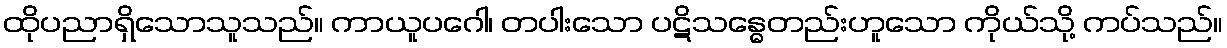
ထိုပညာရှိသောသူသည်။ ကာယူပဂေါ၊ တပါးသော ပဋိသန္ဓေတည်းဟူသော ကိုယ်သို့ ကပ်သည်။